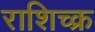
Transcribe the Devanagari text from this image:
राशिच्क्र